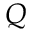
Q